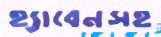
হ্যাবেনসহ